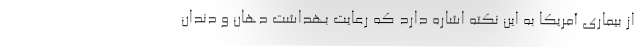
از بیماری آمریکا به این نکته اشاره دارد که رعایت بهداشت دهان و دندان